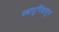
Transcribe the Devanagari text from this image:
स्वादुपिंडातून